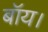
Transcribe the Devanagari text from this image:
बॉय।